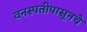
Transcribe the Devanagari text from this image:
वनस्पतीपासूनचे